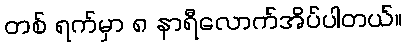
တစ် ရက်မှာ ၈ နာရီလောက်အိပ်ပါတယ်။